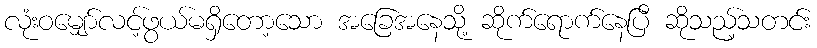
လုံးဝမျှော်လင့်ဖွယ်မရှိတော့သော အခြေအနေသို့ ဆိုက်ရောက်နေပြီ ဆိုသည့်သတင်း